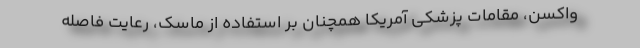
واکسن، مقامات پزشکی آمریکا همچنان بر استفاده از ماسک، رعایت فاصله